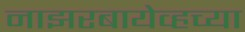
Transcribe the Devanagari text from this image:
नाझरबायेव्हच्या